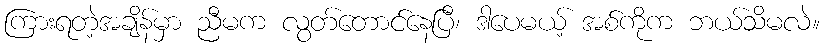
ကြားရတဲ့အချိန်မှာ ညီမက လွတ်တောင်နေပြီ၊ ဒါပေမယ့် အစ်ကိုက ဘယ်သိမလဲ။